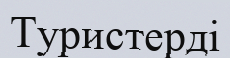
Туристерді